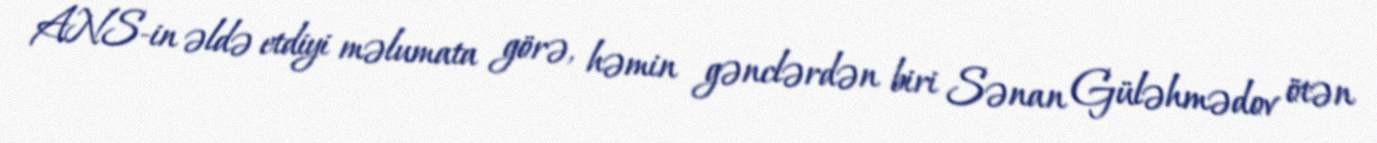
ANS-in əldə etdiyi məlumata görə, həmin gənclərdən biri Sənan Güləhmədov ötən